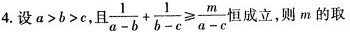
4.设$$a > b > c$$，且$$\frac { 1 } { a - b } + \frac { 1 } { b - c } ≥ \frac { m } { a - c }$$恒成立，则m的取